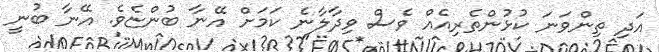
އަދި ތިންވަނަ ކުޅުންތެރިއެއް ވެސް ވިދާލާނެ ކަމަށް އޭނާ ބުންޏެވެ. އޭނާ ބުނީ